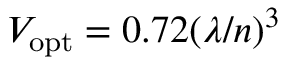
V _ { \mathrm { o p t } } = 0 . 7 2 ( \lambda / n ) ^ { 3 }